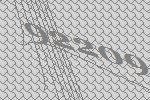
92209